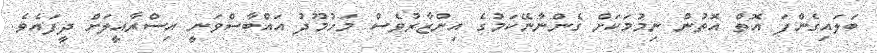
ބަލައިގެންފަ އޮތް އޮތުން ނިމުމަކަށް ގެންނާނޭކަމުގެ އިންޒާރުވެސް މަހުމޫދު އައްބާސްވަނީ އިސްރާއީލަށް ދީފައެވެ.